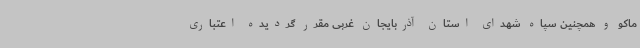
ماکو و همچنین سپاه شهدای استان آذربایجان غربی مقرر گردیده اعتباری